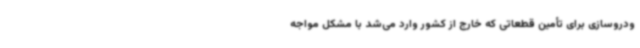
ودروسازی برای تأمین قطعاتی که خارج از کشور وارد می‌شد با مشکل مواجه